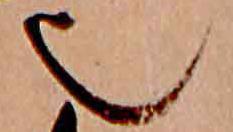
也